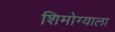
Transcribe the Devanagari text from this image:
शिमोग्याला